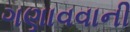
ગણાવવાની